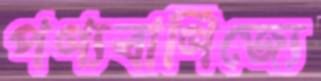
পণ্যবাণিজ্যে